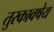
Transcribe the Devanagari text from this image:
तुरकावषेय